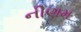
નીણમ